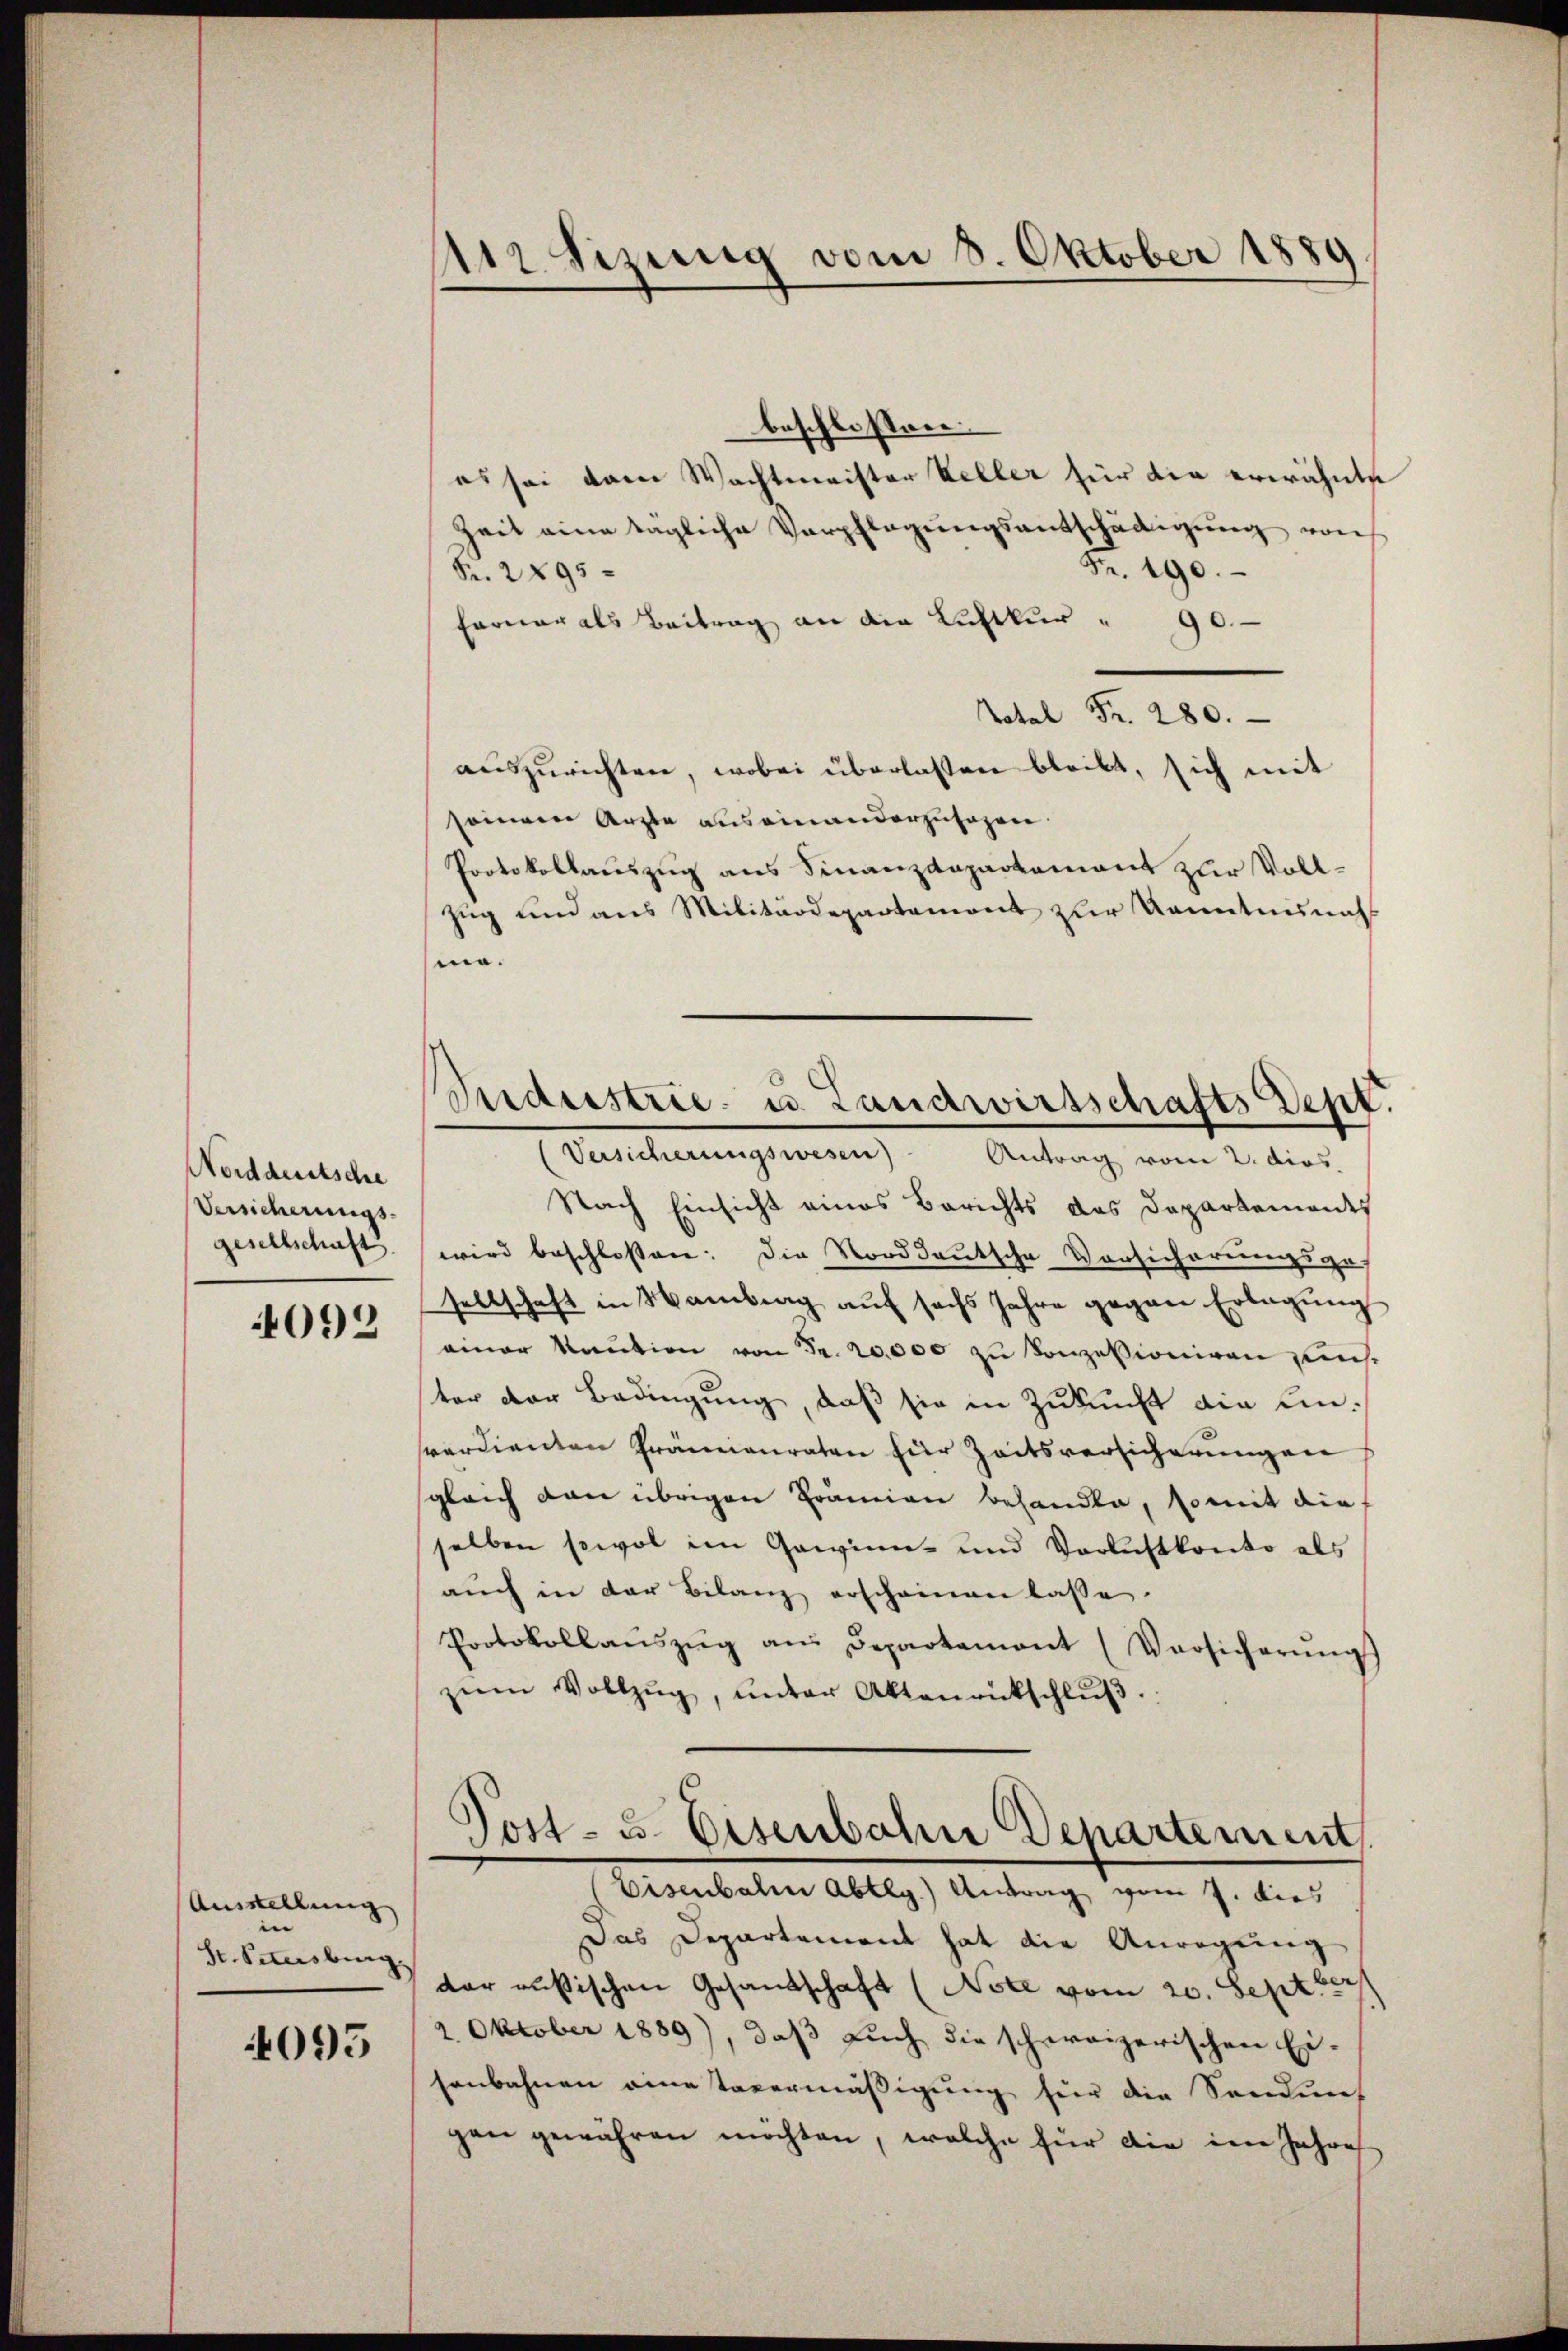
Norddeutsche
Versicherungs-
gesellschaft

4092

Ausstellung
e
Hr. Simsburg

095

e
12 sizung vom 8. Oktober 1889

beschlossen.
es sei dem Wachtmeister Keller für die erwähnte
Zeit eine tagliche Verpflegŭngsentschädigŭng von
Fr. 190.
Fr. 2895
Ferner als Beitrag an die Luftkur " 90.
Total Fr. 280.
auszurichten, wobei überlassen bleibt, sich mit
seinem Arzte auseinanderzusagen.
Protokollauszug aus Finanzdepartement zur Voll¬
Zug und aus Militärdepartemont zur Kenntnisnah
ma.
Nach Einsicht eines Berichts des Departements
wird beschlossen: Die Norddeutsche Vorsicherungsges
sellschaft in Hamberg auf sechs Jahre gegen Erlegung
einer Kaution von Fr. 20,000 zu konzessioniren sichter der Bedingung, daß sie in Zukunft die unsverdienten Grännanraten zur Zeitsversicherungen
sgleich dann übrigen Prämien besandte, so mit die
selben sowol im Gewinn- und Verlustkonto als
aŭch in der Bilanz erscheinen lasse.
Protokollaŭszŭg an Departement (Versicherŭng
zŭm Vollzŭg, ŭnter Aktenrückschlŭβ.

Jdeestrie u. Landwirtschafts Dept.
Versicherungswesen) Antrag vom 2. dies

Post- u. Eisenbahn Departement
(Eisenbahn Abtlg.) Antrag vom 7. dies

Das Departement hat die Anregung
dar außischen Gesandschaft (Note vom 20. Septber
2. Oktober 1889), daß auch die schweizerischen Ei-
senbahnen eine Tavermäßigung für die Sandens
gen gewähren möchten, welche für die im Jahre